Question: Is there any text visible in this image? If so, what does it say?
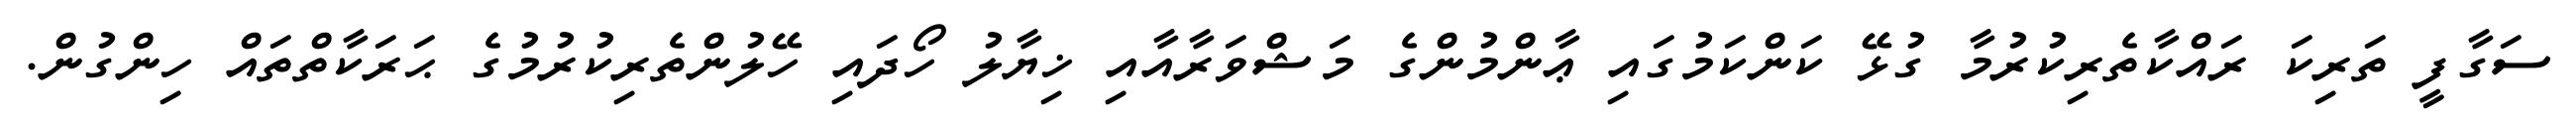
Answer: ސަގާފީ ތަރިކަ ރައްކާތެރިކުރުމާ ގުޅޭ ކަންކަމުގައި ޢާންމުންގެ މަޝްވަރާއާއި ޚިޔާލު ހޯދައި ހޭލުންތެރިކުރުމުގެ ޙަރަކާތްތައް ހިންގުން.